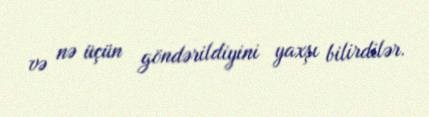
və nə üçün göndərildiyini yaxşı bilirdilər.